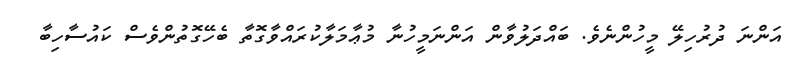
އަންނަ ދުރުހިލޭ މީހުންނެވެ. ބައްދަލުވާން އަންނަމީހުނާ މުޢާމަލާކުރައްވާގޮތާ ބެހޭގޮތުންވެސް ކައުސާހިބާ